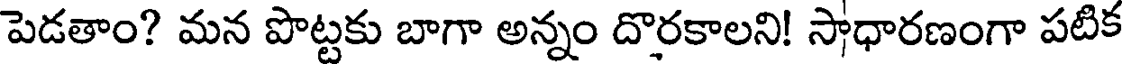
పెడతాం? మన పొట్టకు బాగా అన్నం దొరకాలని! సాధారణంగా పటిక